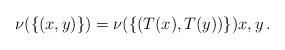
LaTeX: \begin{align*} \nu(\{(x,y)\})=\nu(\{(T(x),T(y))\})x,y\,.\end{align*}